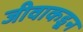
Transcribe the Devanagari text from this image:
जीवाकडून